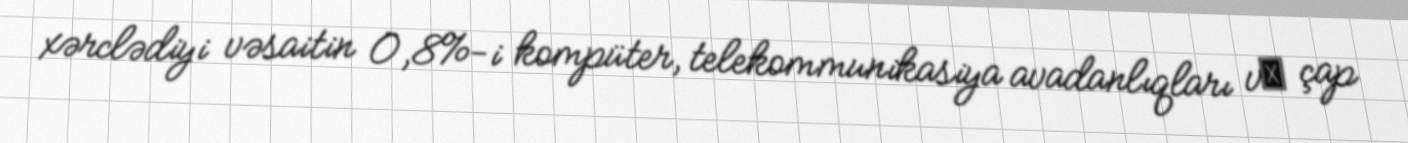
xərclədiyi vəsaitin 0,8%-i kompüter, telekommunikasiya avadanlıqları vә çap